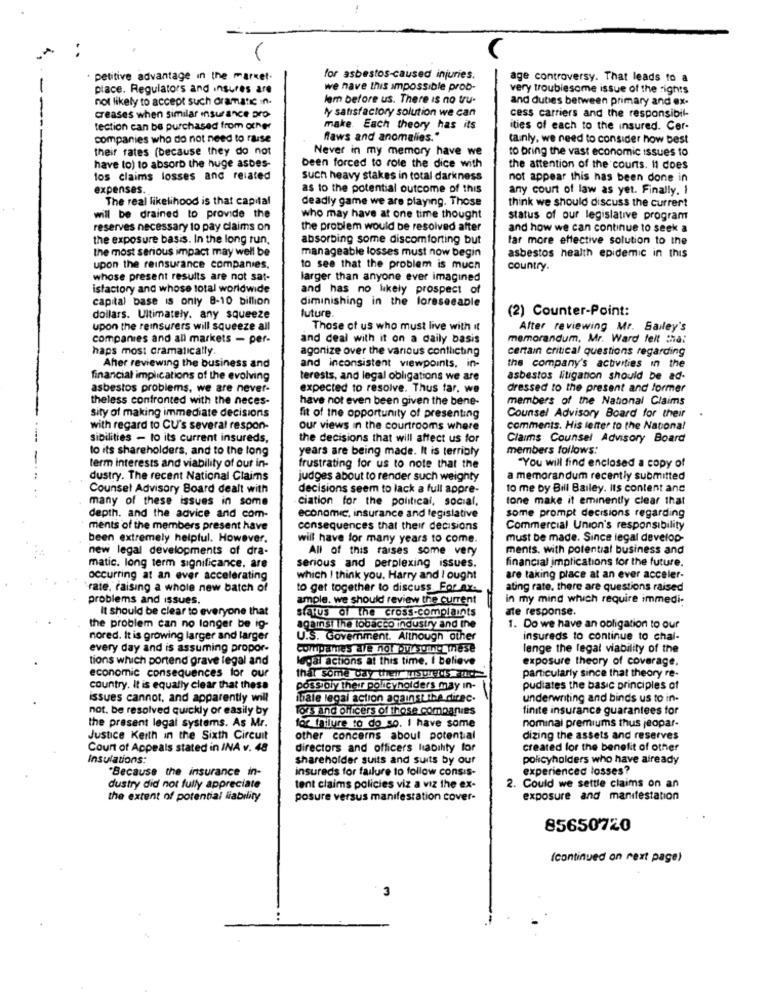
petitive advantage in the market.
for asbestos-caused injuries.
age controversy. That leads to a
place. Regulators and insures are
we have this Impossible prob-
very troublesome issue of the rights
not likely to accept such dramatic in.
lem before us. There is no tru-
and duties between primary and ex-
ly satisfactory solution we can
creases when similar insurance pro-
cess carriers and the responsibil-
tection can be purchased from other
make. Each theory has its
ities of each to the insured. Cer-
companies who do not need to raise
flaws and anomalies."
tainly, we need to consider how best
their rates (because they do not
Never in my memory have we
to bring the vast economic issues to
have to) to absorb the huge asbes-
been forced to role the dice with
the attention of the counts. 11 does
los claims losses and related
such heavy stakes in total darkness
not appear this has been done in
expenses.
as to the potential outcome of this
any court of law as yet. Finally. I
The real likelihood is that capital
deadly game we are playing. Those
think we should discuss the current
will be drained to provide the
who may have at one time thought
status of our legislative program
reserves necessary to pay claims on
the problem would be resolved after
and how we can continue to seek a
the exposure basis. In the long run,
absorbing some discomforting but
far more effective solution to the
the most serious impact may well be
manageable losses must now begin
asbestos health epidemic in this
upon the reinsurance companies.
to see that the problem is much
country.
whose present results are not sat-
larger than anyone ever imagined
istactory and whose total worldwide
and has no likely prospect of
capital base is only 8-10 billion
diminishing in the foreseeable
future.
(2) Counter-Point:
dollars. Ultimately. any squeeze
upon the reinsurers will squeeze all
Those of us who must live with it
After reviewing Mr. Bailey's
companies and all markets - per-
and deal with it on a daily basis
memorandum, Mr. Ward felt that
haps most dramatically.
agonize over the various conflicting
certain critical questions regarding
Aher reviewing the business and
and inconsistent viewpoints, in-
the company's activities in the
financial implications of the evolving
terests, and legal obligations we are
asbestos litigation should be ad-
asbestos problems, we are never-
expected to resolve. Thus far. we
dressed to the present and former
theless confronted with the neces-
have not even been given the bene-
members of the National Claims
sity of making immediate decisions
fit of the opportunity of presenting
Counsel Advisory Board for their
with regard to CU's several respon-
our views in the courtrooms where
comments. His letter to the National
sibilities - to its current insureds,
the decisions that will affect us for
Claims Counsel Advisory Board
to its shareholders, and to the long
years are being made. It is terribly
members follows:
term interests and viability of our in-
frustrating for us to note that the
"You will find enclosed a copy of
dustry. The recent National Claims
judges about to render such weighty
a memorandum recently submitted
Counsel Advisory Board dealt with
decisions seem to lack a full appre-
to me by Bill Bailey. Its content and
many of these issues in some
ciation for the political, social,
tone make it eminently clear that
depth. and the advice and com-
economic, insurance and legislative
some prompt decisions regarding
ments of the members present have
consequences that their decisions
Commercial Union's responsibility
been extremely helpful. However.
will have for many years to come.
must be made. Since legal develop-
new legal developments of dra-
All of this raises some very
ments. with potential business and
serious and perplexing issues.
financial implications for the future.
matic. long term significance. are
occurring at an ever accelerating
which I think you. Harry and I ought
are taking place at an ever acceler-
rate, raising a whole new batch of
to get together to discuss. For Av.
ating rate. there are questions raised
problems and issues.
ample. we should review the current
in my mind which require immedi-
It should be clear to everyone that
ate response.
status of the cross-complaints
the problem can no longer be ig-
against the tobacco industry and the
1. Do we have an obligation to our
nored. It is growing larger and larger
U.S. Government. Although other
insureds to continue to chal-
every day and is assuming propor-
Companies are not .some mese
lenge the legal viability of the
tions which portend grave legal and
legal actions at this time. I believe
exposure theory of coverage.
economic consequences for our
particularly since that theory re-
that some day their songosud
country. It is equally clear that these
possibly their policyholders may in-
pudiates the basic principles of
issues cannot, and apparently will
ihale legal action against the direc.
underwriting and binds us to in-
not. be resolved quickly or easily by
fors and officers of those companies
finite insurance guarantees for
nominal premiums thus jeopar-
the present legal systems. As Mr.
for failure to do so. I have some
Justice Keith in the Sixth Circuit
other concerns about potential
dizing the assets and reserves
Court of Appeals stated in INA v. 48
directors and officers liability for
created for the benefit of other
Insulations:
shareholder suits and suits by our
policyholders who have already
"Because the insurance in-
insureds for failure to follow consis-
experienced losses?
2. Could we settle claims on an
dustry did not fully appreciate
tent claims policies viz a viz the ex-
the extent of potential liability
posure versus manifestation cover-
exposure and manifestation
85650720
(continued on next page)
3
..